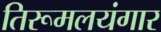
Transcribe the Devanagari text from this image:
तिरूमलयंगार